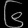
Digit: ၆